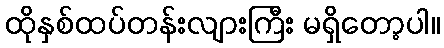
ထိုနှစ်ထပ်တန်းလျားကြီး မရှိတော့ပါ။